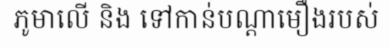
ភូមាលើ និង ទៅកាន់បណ្តាមឿងរបស់